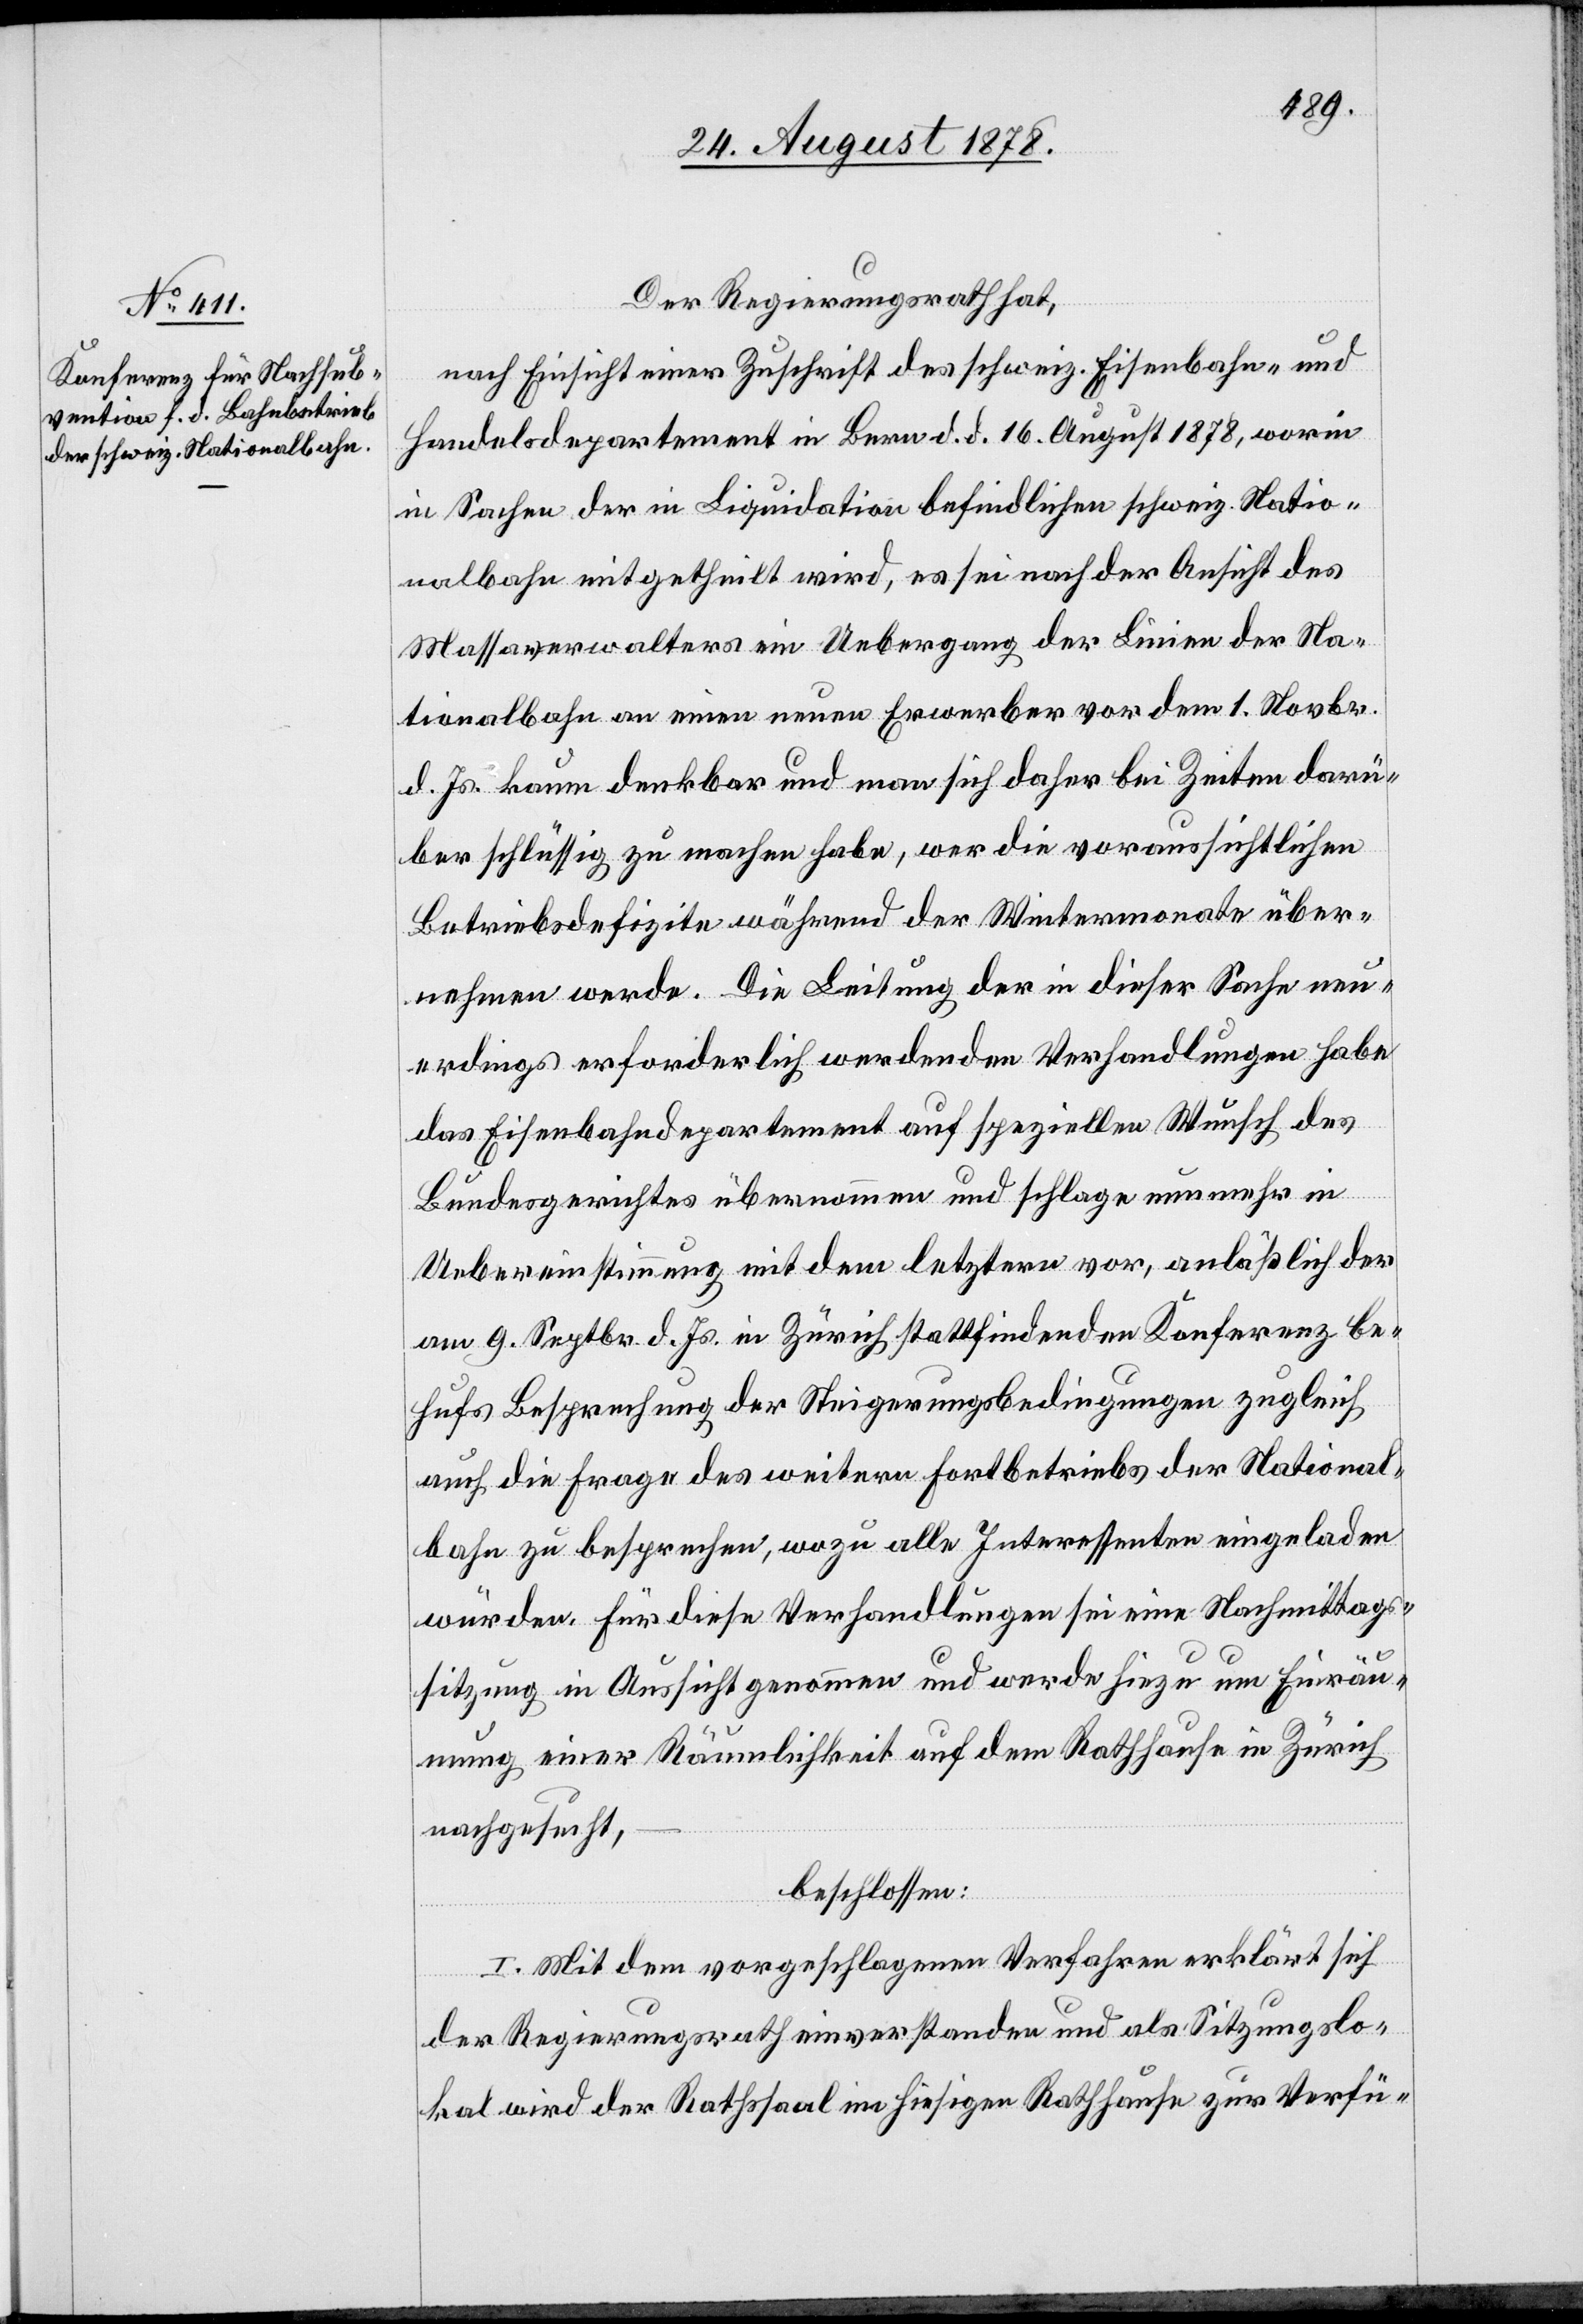
Der Regierungsrath hat,
nach Einsicht einer Zuschrift des schweiz. Eisenbahn- und
Handelsdepartement in Bern d. d. 16. August 1878, worin
in Sachen der in Liquidation befindlichen schweiz. Natio¬
nalbahn mitgetheilt wird, es sei nach der Ansicht des
Massaverwalters ein Uebergang der Linie der Na¬
tionalbahn an einen neuen Erwerber vor dem 1. Novbr.
d. Js. kaum denkbar und man sich daher bei Zeiten darü¬
ber schlüssig zu machen habe, wer die voraussichtlichen
Betriebsdefizite während der Wintermonate über¬
nehmen werde. Die Leitung der in dieser Sache neu¬
erdings erforderlich werdenden Verhandlungen habe
das Eisenbahndepartement auf speziellen Wunsch des
Bundesgerichtes übernommen und schlage nunmehr in
Uebereinstimmung mit dem letztern vor, anlässlich der
am 9. Septbr. d. Js. in Zürich stattfindenden Konferenz be¬
hufs Besprechung der Steigerungsbedingungen zugleich
auch die Frage des weitern Fortbetriebs der National¬
bahn zu besprechen, wozu alle Interessenten eingeladen
würden. Für diese Verhandlungen sei eine Nachmittags¬
sitzung in Aussicht genommen und werde hiezu um Einräu¬
mung einer Räumlichkeit auf dem Rathhause in Zürich
nachgesucht,
beschlossen:
I. Mit dem vorgeschlagenen Verfahren erklärt sich
der Regierungsrath einverstanden und als Sitzungslo¬
kal wird der Rathssaal im hiesigen Rathhause zur Verfü-